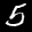
Label: 5